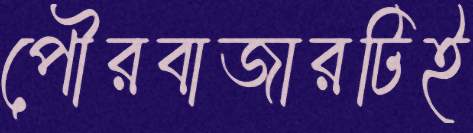
পৌরবাজারটিই